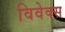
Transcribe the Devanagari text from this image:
विवेक्स